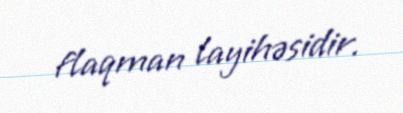
flaqman layihəsidir.